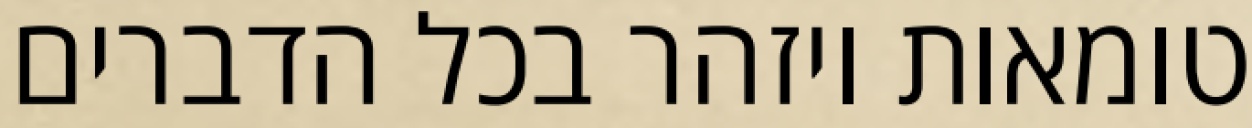
טומאות ויזהר בכל הדברים